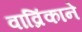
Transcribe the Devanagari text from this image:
वाव्रिंकाने